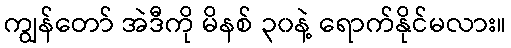
ကျွန်တော် အဲဒီကို မိနစ် ၃၀နဲ့ ရောက်နိုင်မလား။